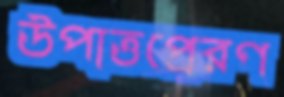
উপাত্তপ্রেরণ